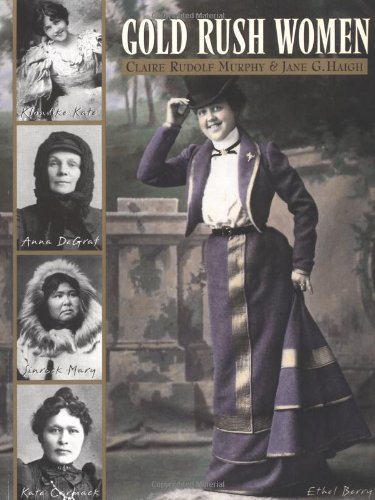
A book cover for Gold Rush Women; Claire Rudolf Murphy; Politics & Social Sciences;